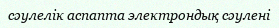
сәулелік аспапта электрондық сәулені